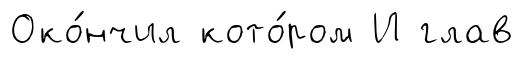
Око́нчил кото́ром И глав